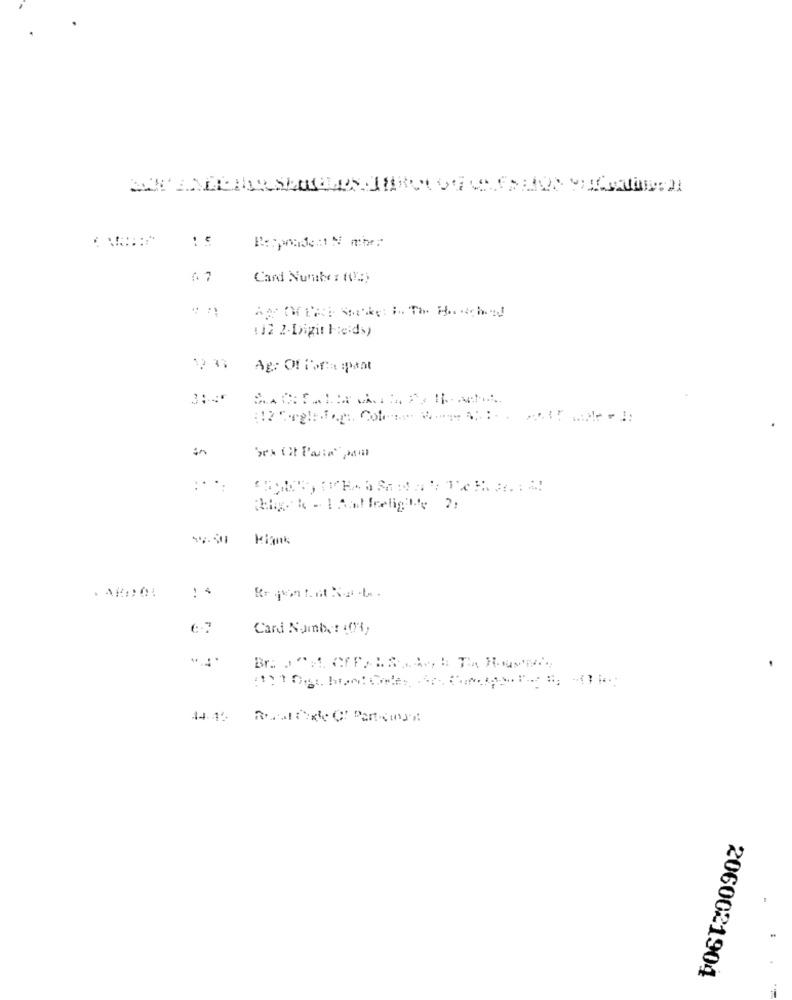
Card Number (03)
112 2-Digit He'ds)
12 31
Ag: Of Porta :paat
En
:...
Kignk
Card Number :03,
٠٣٠٠
2060021904